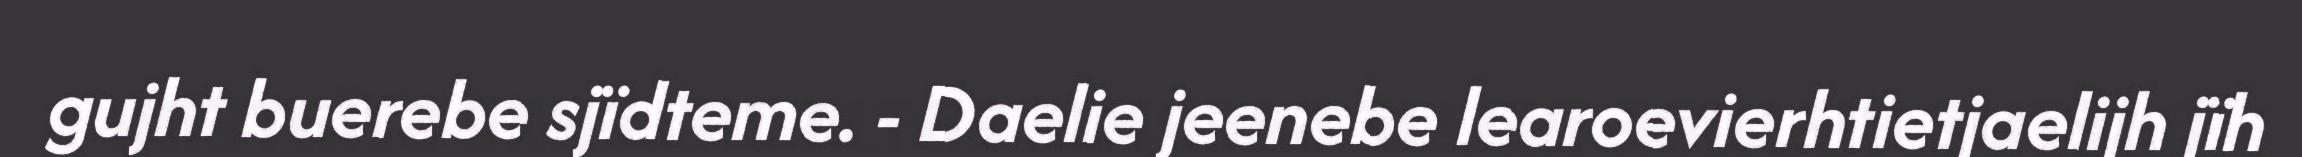
gujht buerebe sjïdteme. - Daelie jeenebe learoevierhtietjaelijh jïh